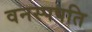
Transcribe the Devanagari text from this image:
वनस्पपति